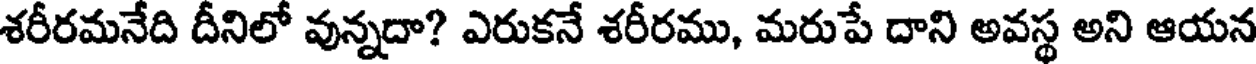
శరీరమనేది దీనిలో వున్నదా? ఎరుకనే శరీరము, మరుపే దాని అవస్థ అని ఆయన